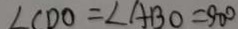
\angle C D O = \angle A B O = 9 0 ^ { \circ }